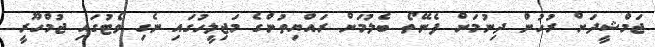
ޖަމްޝީދަށް ރުހުން ދިނުމަށް ފެނޭތޯ ބެލުމަށް ރައްޔިތުންގެ މަޖިލީހުގައި ނެގި ވޯޓުގައި ޖުމްހޫރީ